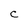
Character: C